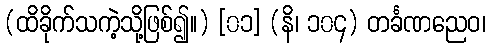
(ထိခိုက်သကဲ့သို့ဖြစ်၍။) [၀၁] (နိ၊ ၁၀၄) တင်္ခဏညေဝ၊